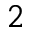
\L _ { 2 }